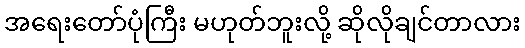
အရေးတော်ပုံကြီး မဟုတ်ဘူးလို့ ဆိုလိုချင်တာလား